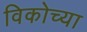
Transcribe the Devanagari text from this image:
विकोच्या